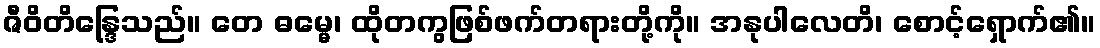
ဇီဝိတိန္ဒြေသည်။ တေ ဓမ္မေ၊ ထိုတကွဖြစ်ဖက်တရားတို့ကို။ အနုပါလေတိ၊ စောင့်ရှောက်၏။